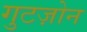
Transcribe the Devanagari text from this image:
गुटज़ोन